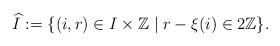
LaTeX: \begin{align*}\widehat{I}:=\{(i, r)\in I\times \mathbb{Z}\mid r-\xi(i)\in 2\mathbb{Z}\}. \end{align*}